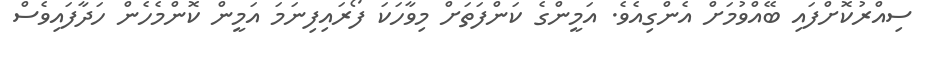
ސިއްރުކޮށްފައި ބޭއްވުމަށް އެންގިއެވެ. އަމީންގެ ކަންފަތަށް މިވާހަކަ ފޯރައިފިނަމަ އަމީން ކޮންމެހެން ހަދާފައިވެސް